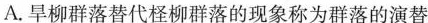
A.旱柳群落替代柽柳群落的现象称为群落的演替